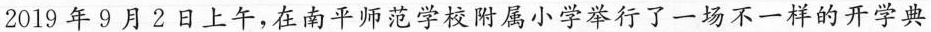
2019年9月2日上午，在南平师范学校附属小学举行了一场不一样的开学典